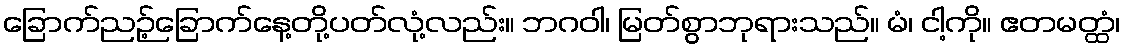
ခြောက်ညဉ့်ခြောက်နေ့တို့ပတ်လုံ့လည်း။ ဘဂဝါ၊ မြတ်စွာဘုရားသည်။ မံ၊ ငါ့ကို။ ဧတမတ္ထံ၊